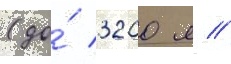
(до́ 3200 л //